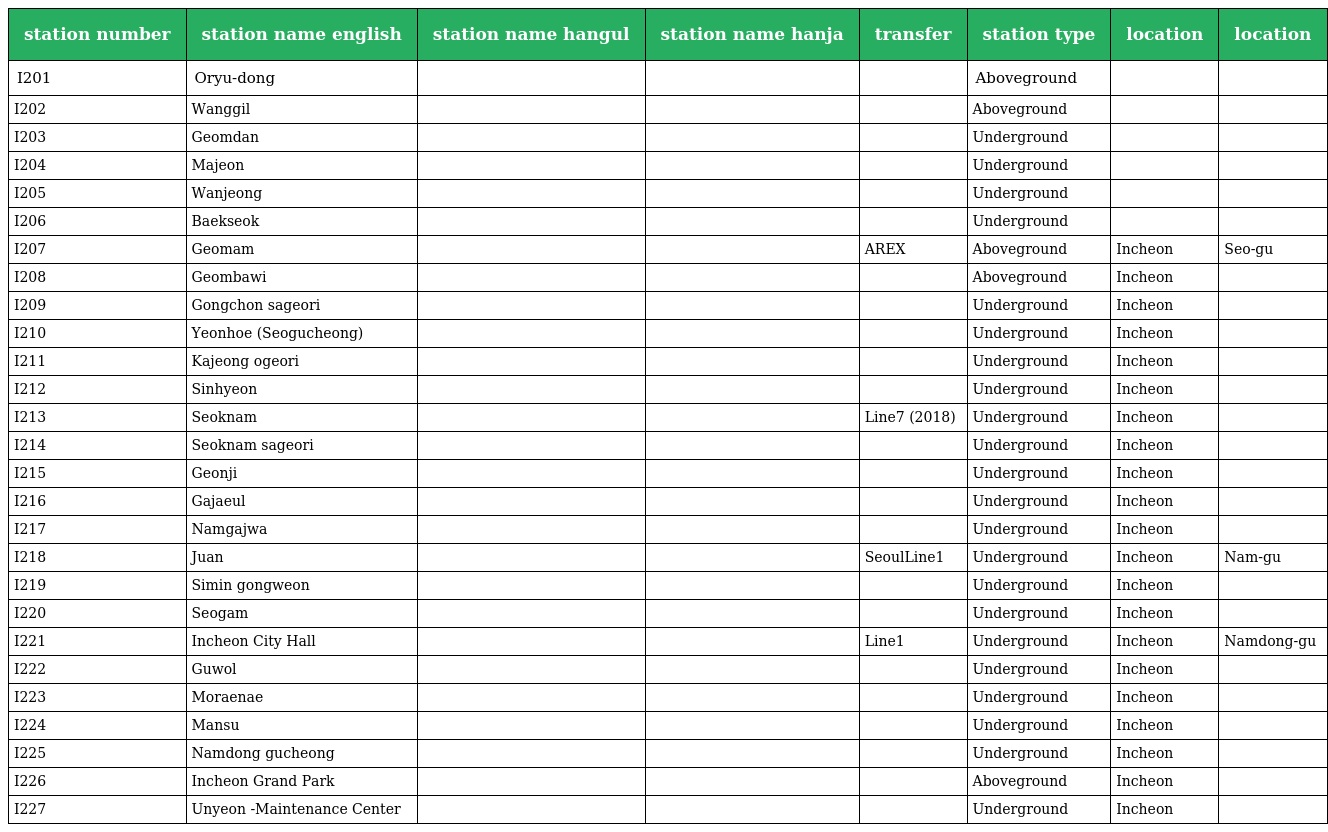
| station number | station name english | station name hangul | station name hanja | transfer | station type | location | location |
 | --- | --- | --- | --- | --- | --- | --- | --- |
 | I201 | Oryu-dong | 오류동 | 梧 柳 洞 |  | Aboveground |  |  |
 | I202 | Wanggil |  |  |  | Aboveground |  |  |
 | I203 | Geomdan | 검단 |  |  | Underground |  |  |
 | I204 | Majeon | 마전 |  |  | Underground |  |  |
 | I205 | Wanjeong | 완정 |  |  | Underground |  |  |
 | I206 | Baekseok | 백석 |  |  | Underground |  |  |
 | I207 | Geomam | 검암 | 黔 岩 | AREX | Aboveground | Incheon | Seo-gu |
 | I208 | Geombawi |  |  |  | Aboveground | Incheon |  |
 | I209 | Gongchon sageori | 공촌 사거리 |  |  | Underground | Incheon |  |
 | I210 | Yeonhoe (Seogucheong) |  |  |  | Underground | Incheon |  |
 | I211 | Kajeong ogeori |  |  |  | Underground | Incheon |  |
 | I212 | Sinhyeon | 신현 |  |  | Underground | Incheon |  |
 | I213 | Seoknam | 석남 |  | Line7 (2018) | Underground | Incheon |  |
 | I214 | Seoknam sageori | 석남 사거리 |  |  | Underground | Incheon |  |
 | I215 | Geonji |  |  |  | Underground | Incheon |  |
 | I216 | Gajaeul |  |  |  | Underground | Incheon |  |
 | I217 | Namgajwa |  |  |  | Underground | Incheon |  |
 | I218 | Juan | 주안 | 朱 安 | SeoulLine1 | Underground | Incheon | Nam-gu |
 | I219 | Simin gongweon |  |  |  | Underground | Incheon |  |
 | I220 | Seogam |  |  |  | Underground | Incheon |  |
 | I221 | Incheon City Hall | 인천시청 | 仁 川 市 廳 | Line1 | Underground | Incheon | Namdong-gu |
 | I222 | Guwol |  |  |  | Underground | Incheon |  |
 | I223 | Moraenae |  |  |  | Underground | Incheon |  |
 | I224 | Mansu | 만수 | 萬 水 |  | Underground | Incheon |  |
 | I225 | Namdong gucheong |  |  |  | Underground | Incheon |  |
 | I226 | Incheon Grand Park |  |  |  | Aboveground | Incheon |  |
 | I227 | Unyeon -Maintenance Center |  |  |  | Underground | Incheon |  |